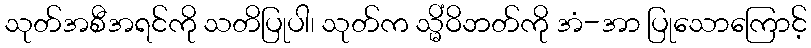
သုတ်အစီအရင်ကို သတိပြုပါ၊ သုတ်က သ္မိံဝိဘတ်ကို အံ-အာ ပြုသောကြောင့်